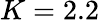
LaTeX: K=2.2